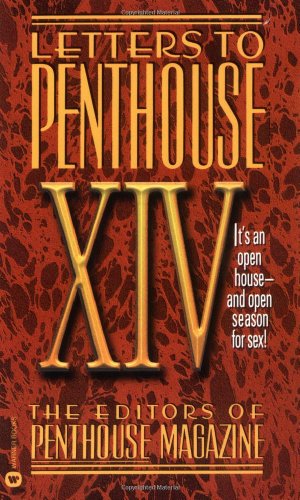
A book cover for Letters to Penthouse XIV: Open House--and Open Season for Sex (v. 14); Penthouse International; Romance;